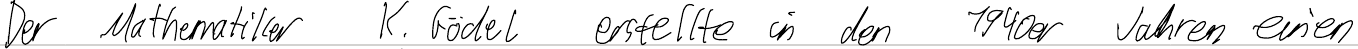
Der Mathematiker K. Gödel erstellte in den 1940er Jahren einen